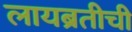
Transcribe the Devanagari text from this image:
लायब्रतीची